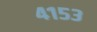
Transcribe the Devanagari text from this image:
४१५३